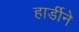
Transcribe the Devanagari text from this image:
हार्डीने